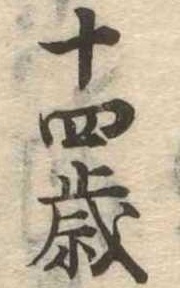
十四歳